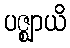
ပဇ္ဈာယိ